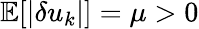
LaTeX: \mathbb{E}[|\delta u_{k}|]=\mu>0